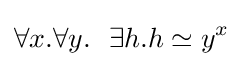
\forall x.\forall y.\ \ \exists h.h\simeq y^{x}